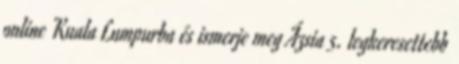
online Kuala Lumpurba és ismerje meg Ázsia 5. legkeresettebb